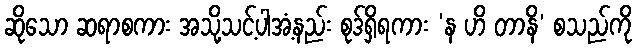
ဆိုသော ဆရာစကား အသို့သင့်ပါအံ့နည်း စုဒ်ရှိရကား ‘န ဟိ တာနိ’ စသည်ကို